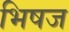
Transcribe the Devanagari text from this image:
भिषज